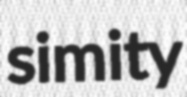
simity